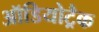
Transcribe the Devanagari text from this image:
ऑडियोट्रैक